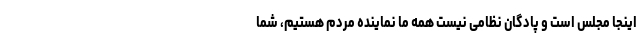
اینجا مجلس است و پادگان نظامی نیست همه ما نماینده مردم هستیم، شما